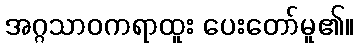
အဂ္ဂသာဝကရာထူး ပေးတော်မူ၏။